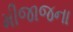
મીજાજના